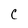
Character: C